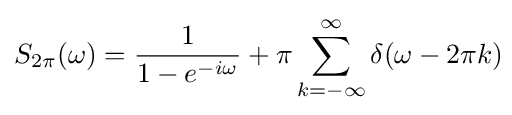
S_{2\pi }(\omega )={\frac {1}{1-e^{-i\omega }}}+\pi \sum _{k=-\infty }^{\infty }\delta (\omega -2\pi k)\!